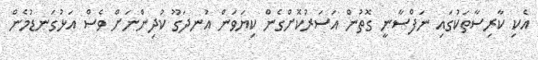
އެކި ކާރިސާތަކުގައި ނަފްސާނީ ގޮތުން އަސަރުކޮށްގެން ކިޔަވަން އުނދަގޫ ކުދިންނަށް ވެސް އަޅުގަނޑުމެން